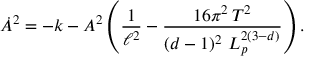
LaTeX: \dot { A } ^ { 2 } = - k - A ^ { 2 } \left( \frac { 1 } { \ell ^ { 2 } } - \frac { 1 6 \pi ^ { 2 } \, T ^ { 2 } } { ( d - 1 ) ^ { 2 } \, \, L _ { p } ^ { 2 ( 3 - d ) } } \right) .